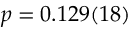
p = 0 . 1 2 9 ( 1 8 )